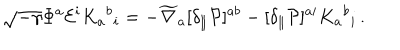
\sqrt { - \gamma } \Phi ^ { a } { \cal E } ^ { i } K _ { a } { } ^ { b } { } _ { i } = - \widetilde \nabla _ { a } [ \delta _ { \parallel } { \cal P } ] ^ { a b } - [ \delta _ { \parallel } { \cal P } ] ^ { a i } K _ { a } { } ^ { b } { } _ { i } \, .